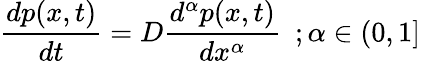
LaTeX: {\frac{dp(x,t)}{dt}}=D{\frac{d^{\alpha}p(x,t)}{dx^{\alpha}}}~~;\alpha\in(0,1]